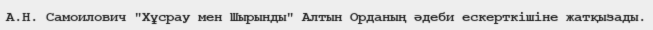
А.Н. Самоилович "Хұсрау мен Шырынды" Алтын Орданың әдеби ескерткішіне жатқызады.